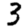
Digit: 3